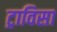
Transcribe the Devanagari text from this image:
ट्राविसा